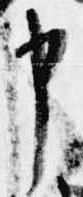
申